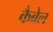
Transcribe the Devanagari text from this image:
कैबेल